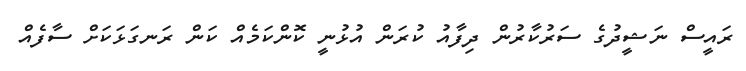
ރައީސް ނަޝީދުގެ ސަރުކާރުން ދިފާއު ކުރަން އުޅުނީ ކޮންކަމެއް ކަން ރަނގަޅަކަށް ސާފެއް